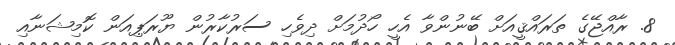
8. ރާއްޖޭގެ ތަރައްޤީއަށް ބޭނުންވާ އެހީ ހޯދުމަށް ދިވެހި ސަރުކާރުން ޔޫރަޕިއަން ކޮމިޝަނާއި